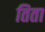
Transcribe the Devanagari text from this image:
तिता